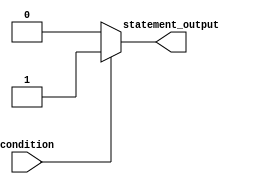
module if_else_statement (
    input wire condition,
    output reg statement_output
);

always @* begin
    if (condition) begin
        statement_output = 1; // execute this block if the condition is true
    end
    else begin
        statement_output = 0; // execute this block if the condition is false
    end
end

endmodule